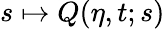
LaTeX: s\mapsto Q(\eta,t;s)